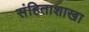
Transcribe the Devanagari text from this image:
संहिताशाखा